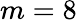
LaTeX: m=8